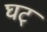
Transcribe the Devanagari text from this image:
घट्